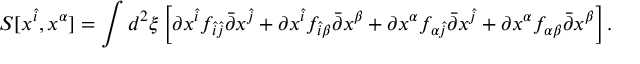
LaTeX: S [ x ^ { \hat { i } } , x ^ { \alpha } ] = \int d ^ { 2 } \xi \left[ \partial x ^ { \hat { i } } f _ { \hat { i } \hat { j } } \bar { \partial } x ^ { \hat { j } } + \partial x ^ { \hat { i } } f _ { \hat { i } \beta } \bar { \partial } x ^ { \beta } + \partial x ^ { \alpha } f _ { \alpha \hat { j } } \bar { \partial } x ^ { \hat { j } } + \partial x ^ { \alpha } f _ { \alpha \beta } \bar { \partial } x ^ { \beta } \right] .